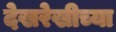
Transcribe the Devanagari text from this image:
देखरेखीच्या